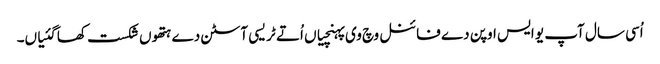
اُسی سال آپ یو ایس اوپن دے فائنل وچ وی پہنچیاں اُتے ٹریسی آسٹن دے ہتھو‏ں شکست کھا گئیاں۔